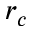
r _ { c }